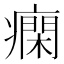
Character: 𤺛